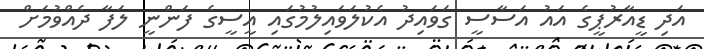
އަދި ޑީއާރުޕީގެ އައު އަސާސީ ގަވައިދު އެކުލަވައިލުމުގައި އީސީގެ ފަންނީ ލަފާ ދެއްވުމަށް